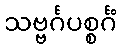
သဗ္ဗင်္ဂပစ္စင်္ဂံ